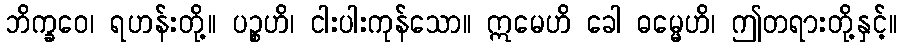
ဘိက္ခဝေ၊ ရဟန်းတို့။ ပဉ္စဟိ၊ ငါးပါးကုန်သော။ ဣမေဟိ ခေါ ဓမ္မေဟိ၊ ဤတရားတို့နှင့်။